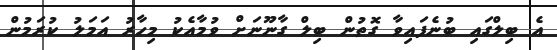
އެ ބިލްގައި ބުނެފައިވާ ގޮތުން ބިލް ގާނޫނަށް ވުމާއެކު މިހާރު އަމަލު ކުރަމުން